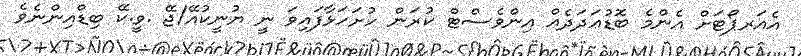
އެއަރޕޯޓަށް އެންމެ ބޮޑުޢަދަދެއް އިންވެސްޓް ކުރަން ހުށަހަޅާފައިވަ ނީ ޔުނީކުއޭ/ޖޭ .ވީ.ކޭ ބިޑްއިންނެވެ